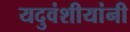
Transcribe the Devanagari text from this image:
यदुवंशीयांनी